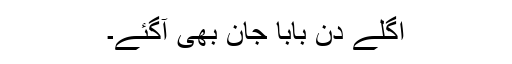
اگلے دن بابا جان بھی آگئے۔